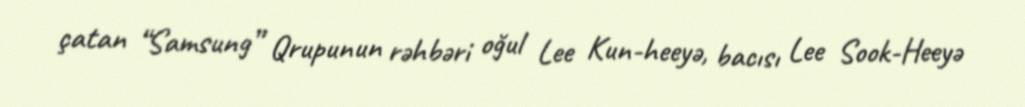
çatan “Samsung” Qrupunun rəhbəri oğul Lee Kun-heeyə, bacısı Lee Sook-Heeyə